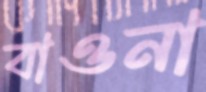
বাওনা